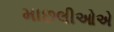
માછલીઓએ